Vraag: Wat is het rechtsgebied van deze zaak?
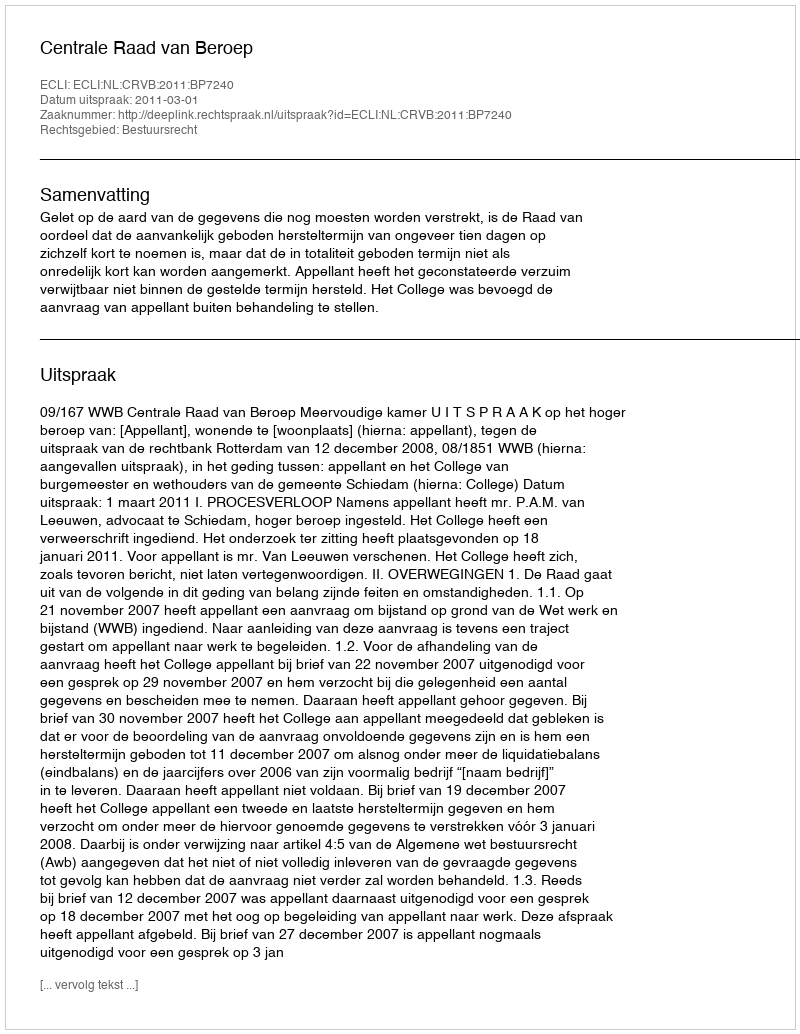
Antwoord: Bestuursrecht